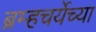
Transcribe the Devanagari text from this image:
ब्रम्हचर्येच्या